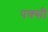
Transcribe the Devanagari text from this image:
पक्सी